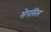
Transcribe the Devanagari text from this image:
सेपसिस